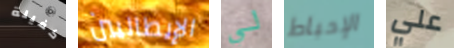
كفيلة الإيطاليين لي الإحباط علي